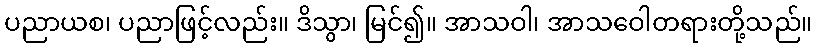
ပညာယစ၊ ပညာဖြင့်လည်း။ ဒိသွာ၊ မြင်၍။ အာသဝါ၊ အာသဝေါတရားတို့သည်။